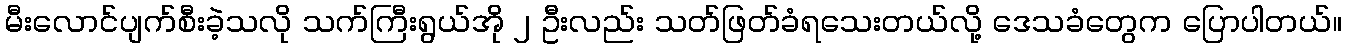
မီးလောင်ပျက်စီးခဲ့သလို သက်ကြီးရွယ်အို ၂ ဦးလည်း သတ်ဖြတ်ခံရသေးတယ်လို့ ဒေသခံတွေက ပြောပါတယ်။